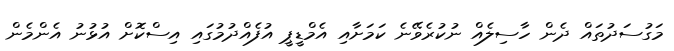
މަގުސަދުތައް ދެން ހާސިލެއް ނުކުރެވޭނެ ކަމަށާއި އެމްޑީޕީ އުފެއްދުމުގައި އިސްކޮށް އުޅުނު އެންމެން